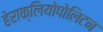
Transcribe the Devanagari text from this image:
हेराक्लियोपोलिटन